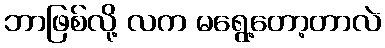
ဘာဖြစ်လို့ လက မရွေ့တော့တာလဲ